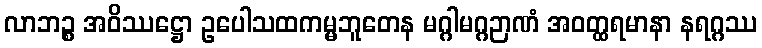
လာဘဉ္စ အဝိဿဋ္ဌော ဥပေါသထကမ္မဘူတေန မဂ္ဂါမဂ္ဂဉာဏံ အဝတ္ထရမာနာ နရဂ္ဂဿ